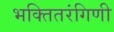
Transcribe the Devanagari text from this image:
भक्तितरंगिणी